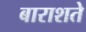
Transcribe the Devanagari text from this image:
बाराशते